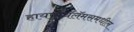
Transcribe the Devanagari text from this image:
हायपोथॅलॅमसमधील